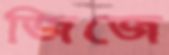
জিজে